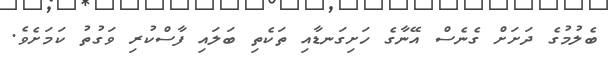
ބެލުމުގެ ދަށަށް ގެނެސް އޭނާގެ ހަށިގަނޑާއި ތަކެތި ބަލައި ފާސްކުރި ވަގުތު ކަމަށެވެ.